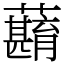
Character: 蘛